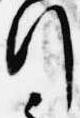
行